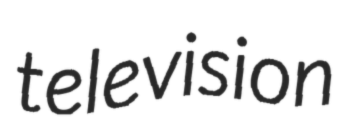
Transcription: television